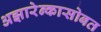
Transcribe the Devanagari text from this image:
अझारेन्कासोबत